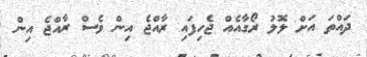
ދައްތަ އަށް ލޮލު ރޯގާއެއް ޖެހިފައި ރާއްޖެ އިން ވެސް ރާއްޖެ އިން